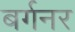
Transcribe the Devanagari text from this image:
बर्गनर